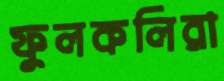
ফুলকলিরা